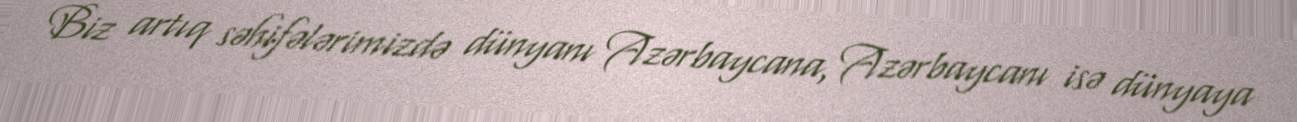
Biz artıq səhifələrimizdə dünyanı Azərbaycana, Azərbaycanı isə dünyaya